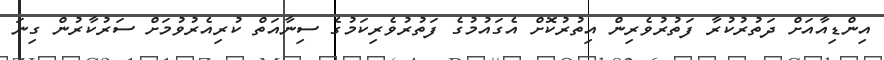
އިންޑިއާއަށް ދަތުރުކުރާ ފަތުރުވެރިން އިތުރުކޮށް އެގައުމުގެ ފަތުރުވެރިކަމުގެ ސިނާއަތް ކުރިއެރުވުމަށް ސަރުކާރުން ގިނަ